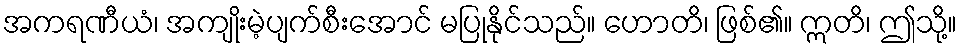
အကရဏီယံ၊ အကျိုးမဲ့ပျက်စီးအောင် မပြုနိုင်သည်။ ဟောတိ၊ ဖြစ်၏။ ဣတိ၊ ဤသို့။